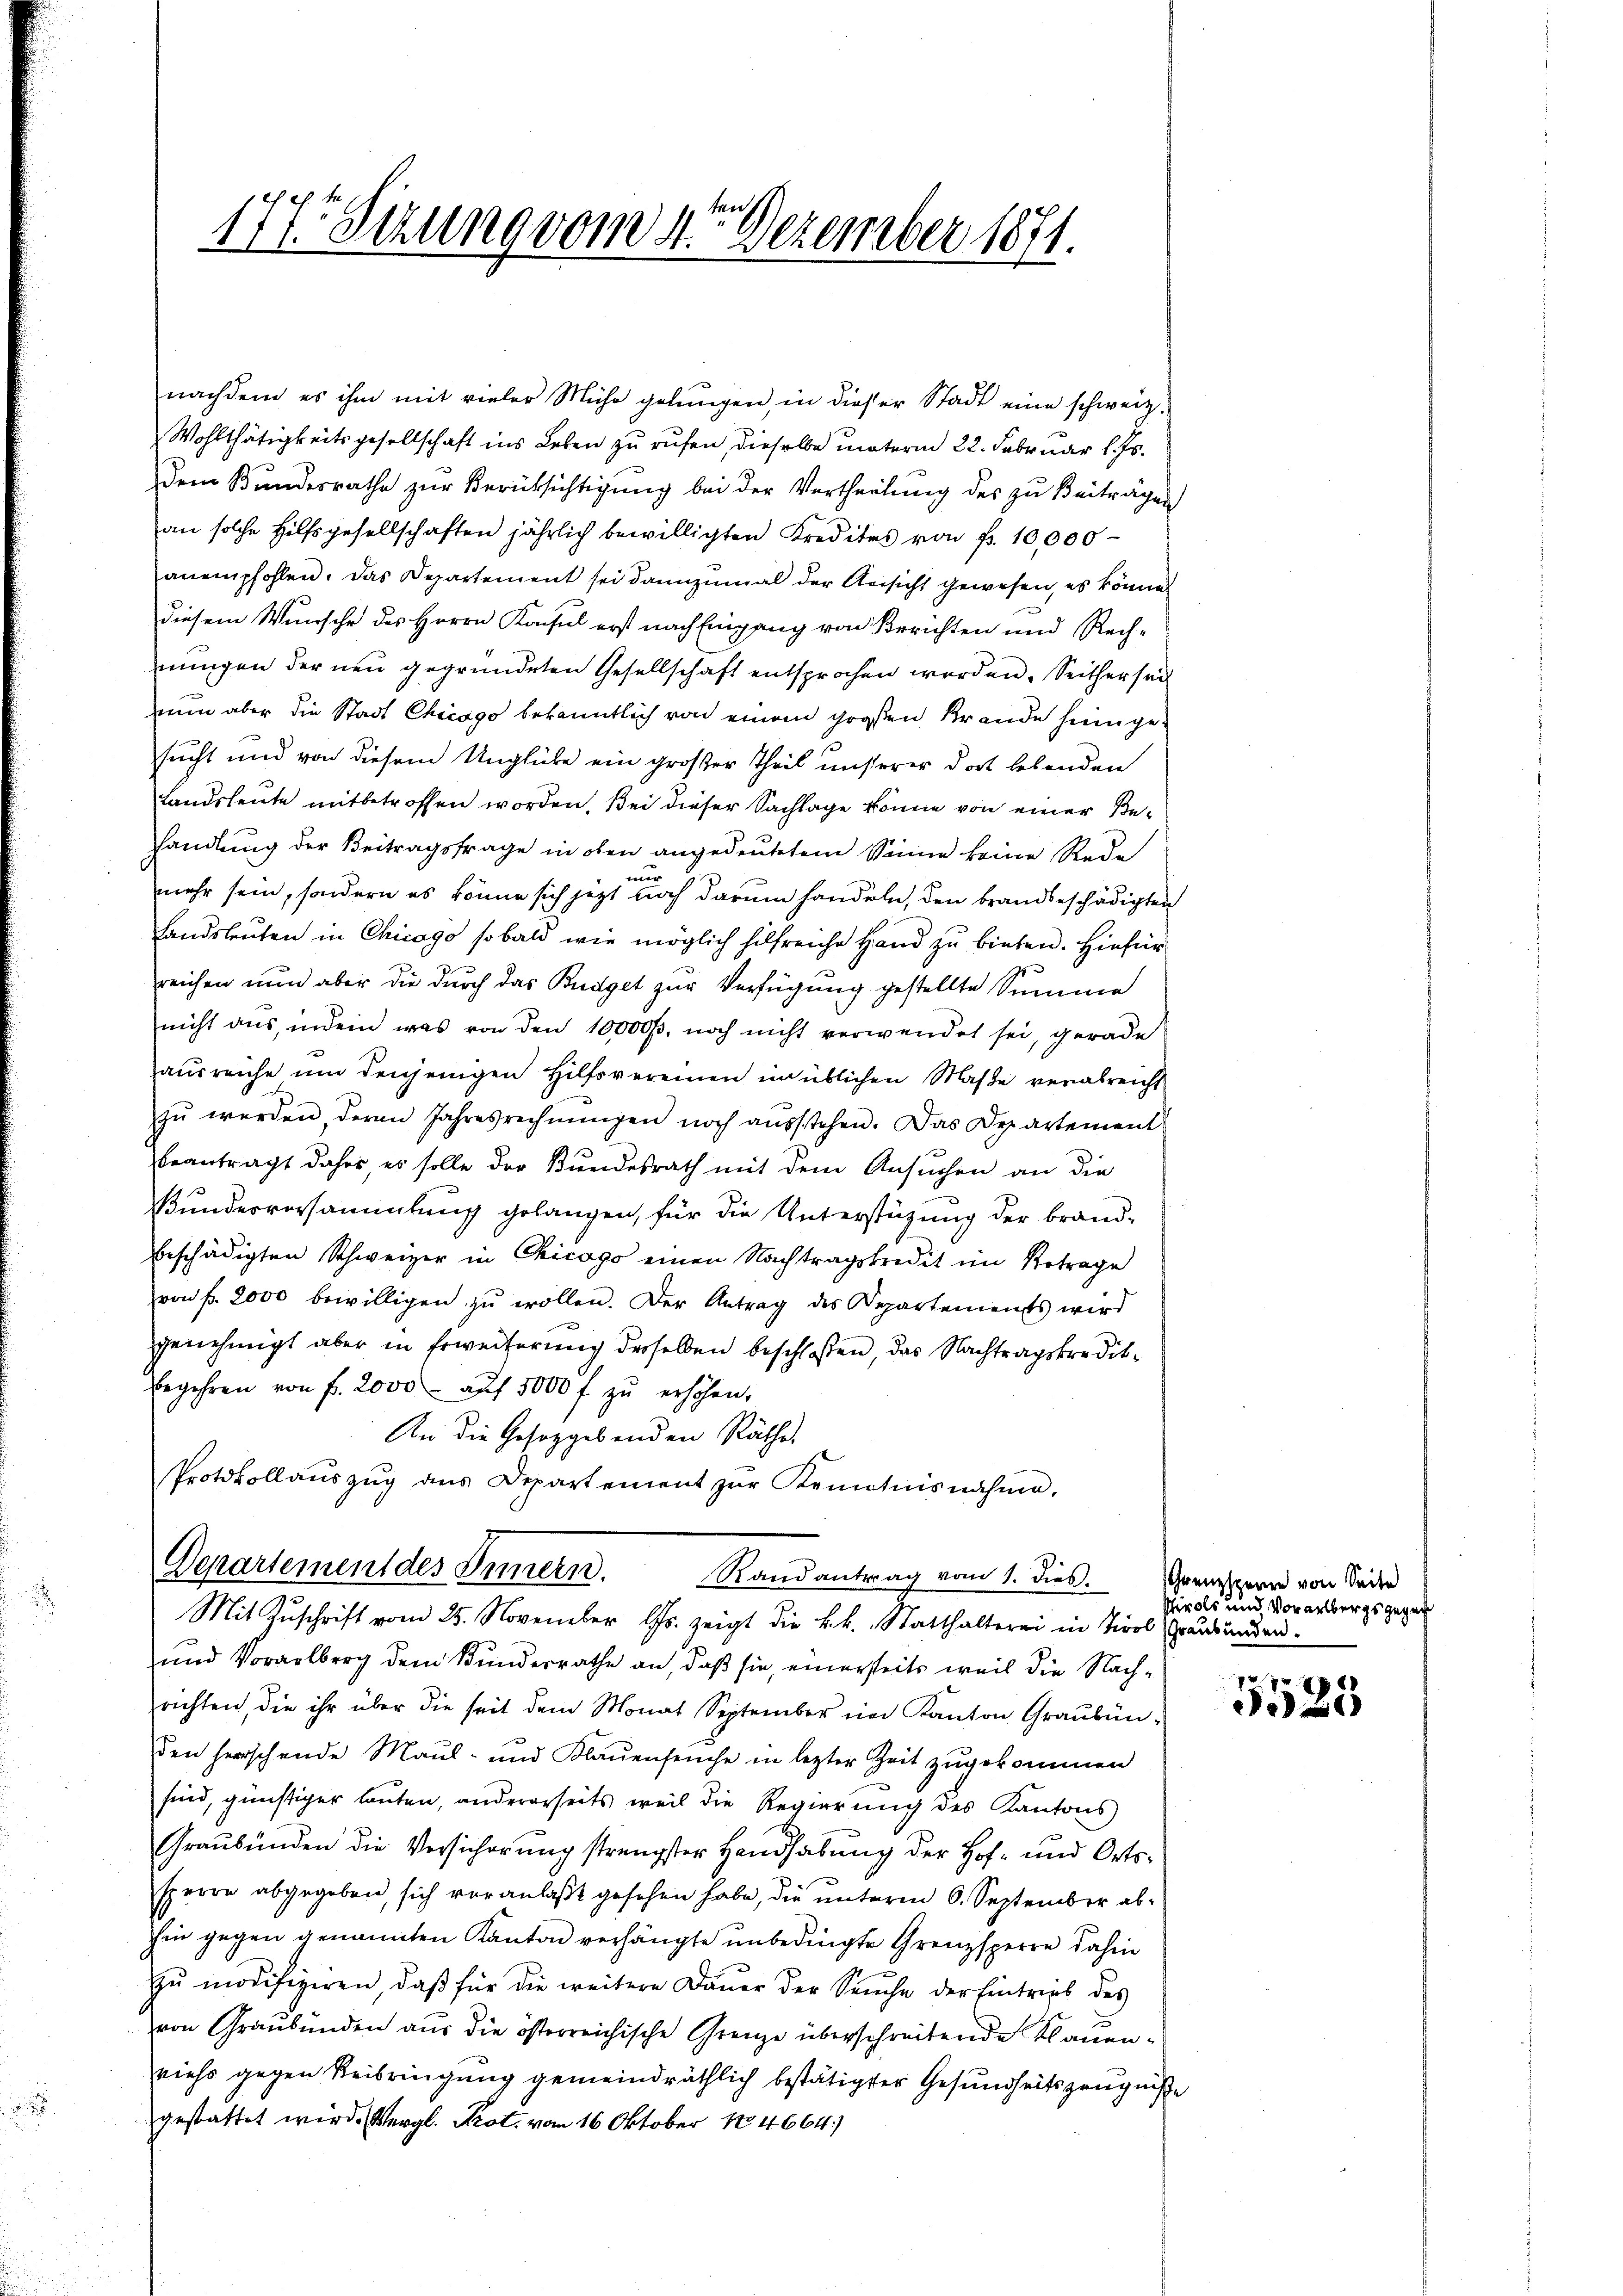
nachdem es ihm mit vieler Mühe gelŭngen, in dieser Stadt eine schweiz.
Wohlthätigkeitsgesellschaft ins Leben zu rufen, dieselbe unterm 22. Februar l. Js.
dem Bundesrathe zur Berücksichtigung bei der Vertheilung des zu Beiträgen
an solche Hilfsgesellschaften jährlich bewilligten Kredites von fr. 10,000
anempfohlen. Das Departement sei dannzumal der Ansicht gewesen, es können
diesem Wunsche des Herrn Konsul erst nach Eingang von Berichten und Rechnungen der neu gegründeten Gesellschaft entsprochen werden. Seither sei
nun aber die Stadt Chicago bekanntlich von einem großen Brande heimgesucht und von diesem Unglücke ein großer Theil unserer dort lebenden
Landsleute mitbetroffen worden. Bei dieser Sachlage könne von einer Behandlung der Beitragsfrage in oben angedeutetem Sinne keine Rede
wa
mehr sein, sondern es könne sich jetzt noch darum handeln, den brandbeschädigten
Landsleuten in Chicago sobald wie möglich hilfreiche Hand zu bieten. Hiefür
reichen nun aber die durch das Budget zur Verfügung gestellte Summe
nicht aus, indem was von den 10000. noch nicht verwendet sei, gerade
ausreiche um denjenigen Hilfsvereinen in üblichen Maße verabreicht
zŭ werden deren Jahresrechnŭngen noch aŭsstehen. Das Departement
beantragt daher, es solle der Bundesrath mit dem Ansŭchen an die
Bundesversammlung gelangen, für die Unterstützung der brandbeschädigten Schweizer in Chicago einen Nachtragskredit im Betrage
von fr. 2000 bewilligen zŭ wollen. Der Antrag des Departements wird
genehmigt aber in Erweiterung derselben beschloßen, das Nachtragskreditbegehren von fr. 2000 aŭf 5000 f zŭ erhöhen.
An die Gesetzgebenden Räthe.
Protokollaŭszŭg ans Departement zŭr Kenntnisnahme,

ten
177. Sezung vom 4. Dezember 1871.

Departement des Innern.
Randantrag vom 1. dies
Mit Zŭschrift vom 25. November s. zeigt die k.k. Statthalterei in Tirol Graubünden.

und Vorarlberg dem Bundesrathe an, daß sie, einerseits weil die Nachrichten, die ihr über die seit dem Monat September im Kanton Graubünden herrschende Maul- und Klaŭenseuche in letzter Zeit zŭgekommen
sind, günstiger lauten, andererseits weil die Regierung des Kantons
Graubünden die Versicherung strengster Handhabung der Hof- und Ortssperre abgegeben, sich veranlaßt gesehen habe, die unterm 6. September abhin gegen genannten Kanton verhängte unbedingte Grenzsperre dahin
zu modifiziren, daß für die weitere Dauer der Seuche der Eintrieb des
von Graubünden aus die österreichische Grenze überschreibende Klauenviehs gegen Reibringung gemeindräthlich bestätigter Gesundheitszeugniße
gestattet wird. Vergl. Prot. vom 16 Oktober No 4664)

Grenzspenne von Seite
Tirols und Vorarlbergs gegen

pr 7
25